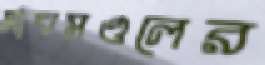
মাঘমণ্ডলের